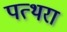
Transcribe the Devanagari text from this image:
पत्थरा